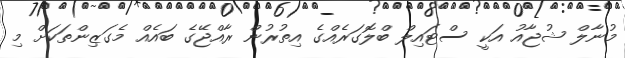
މުނާލް ޝުޖާއު އަކީ ސްޓައިލް ބްލޮގަރެއްގެ އިތުރުން ރާއްޖޭގެ ބައެއް މެގަޒިންތަކަށް މި